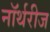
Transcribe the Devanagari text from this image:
नॉर्थरीज